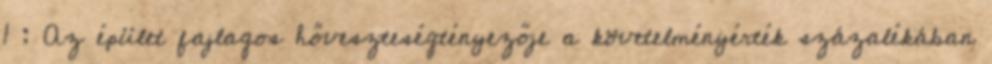
1 : Az épület fajlagos hőveszteségtényezője a követelményérték százalékában